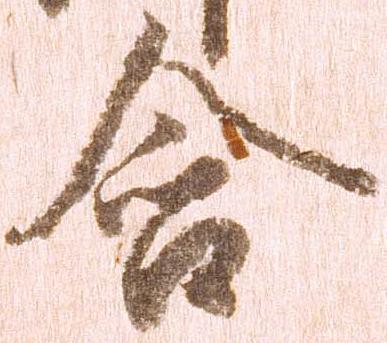
含